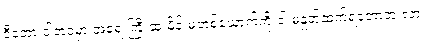
ဒီတော့ ငါ့ဘဝမှာ အရေးကြီးဆုံးမိန်းမတစ်ယောက်ကို ငါ မနှုတ်ဆက်ရတော့ဘူးလား